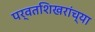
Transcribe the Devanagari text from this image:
पर्वतशिखरांच्या